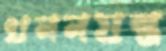
খননযন্ত্র